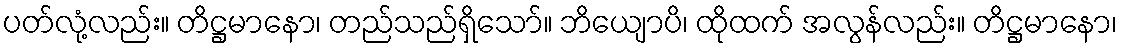
ပတ်လုံ့လည်း။ တိဋ္ဌမာနော၊ တည်သည်ရှိသော်။ ဘိယျောပိ၊ ထိုထက် အလွန်လည်း။ တိဋ္ဌမာနော၊